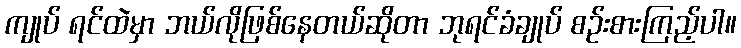
ကျုပ် ရင်ထဲမှာ ဘယ်လိုဖြစ်နေတယ်ဆိုတာ ဘုရင်ခံချုပ် စဉ်းစားကြည့်ပါ။